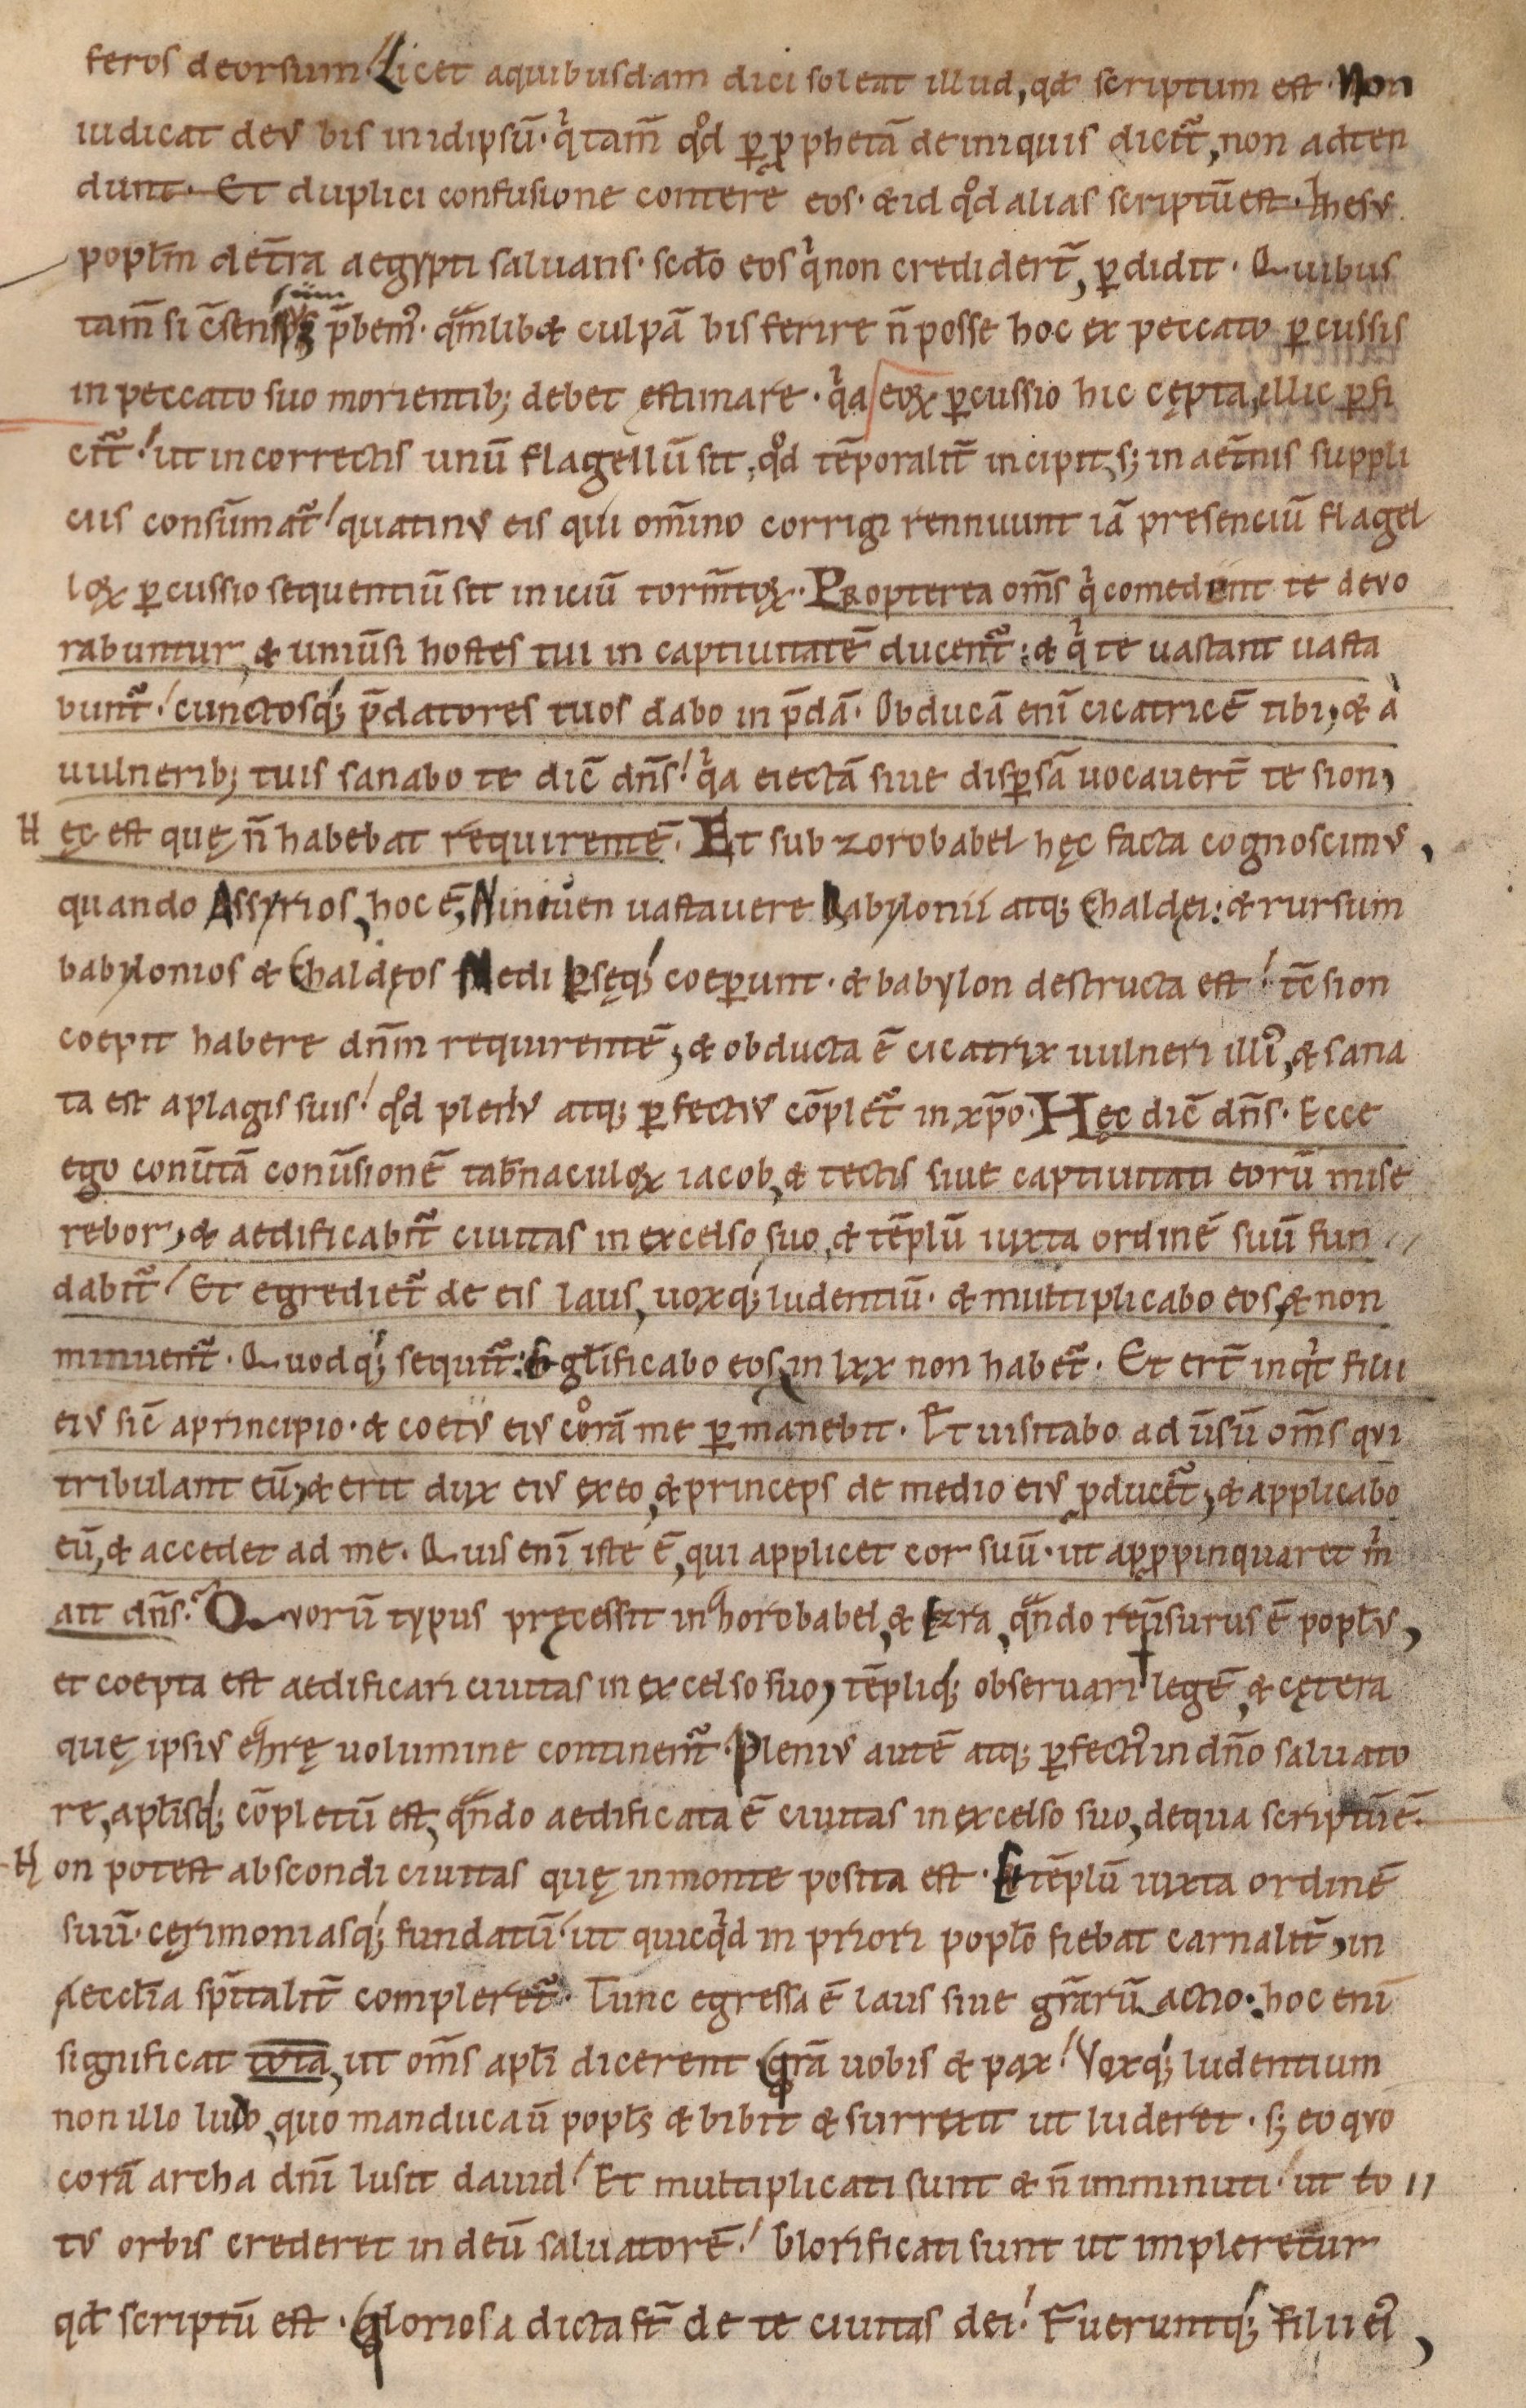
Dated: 1085–1115